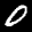
Label: 0